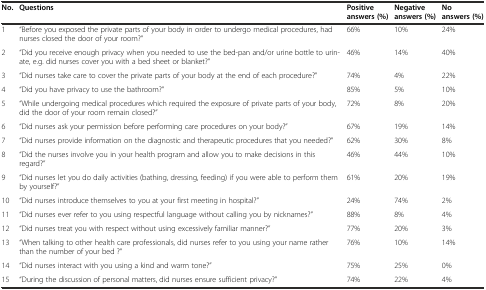
| No. | Questions | Positive answers (%) | Negative answers (%) | No answers (%) |
 | --- | --- | --- | --- | --- |
 | 1 | “Before you exposed the private parts of your body in order to undergo medical procedures, had nurses closed the door of your room?” | 66% | 10% | 24% |
 | 2 | “Did you receive enough privacy when you needed to use the bed-pan and/or urine bottle to urinate, e.g. did nurses cover you with a bed sheet or blanket?” | 46% | 14% | 40% |
 | 3 | “Did nurses take care to cover the private parts of your body at the end of each procedure?” | 74% | 4% | 22% |
 | 4 | “Did you have privacy to use the bathroom?” | 85% | 5% | 10% |
 | 5 | “While undergoing medical procedures which required the exposure of private parts of your body, did the door of your room remain closed?” | 72% | 8% | 20% |
 | 6 | “Did nurses ask your permission before performing care procedures on your body?” | 67% | 19% | 14% |
 | 7 | “Did nurses provide information on the diagnostic and therapeutic procedures that you needed?” | 62% | 30% | 8% |
 | 8 | “Did the nurses involve you in your health program and allow you to make decisions in this regard?” | 46% | 44% | 10% |
 | 9 | “Did nurses let you do daily activities (bathing, dressing, feeding) if you were able to perform them by yourself?” | 61% | 20% | 19% |
 | 10 | “Did nurses introduce themselves to you at your first meeting in hospital?” | 24% | 74% | 2% |
 | 11 | “Did nurses ever refer to you using respectful language without calling you by nicknames?” | 88% | 8% | 4% |
 | 12 | “Did nurses treat you with respect without using excessively familiar manner?” | 77% | 20% | 3% |
 | 13 | “When talking to other health care professionals, did nurses refer to you using your name rather than the number of your bed ?” | 76% | 10% | 14% |
 | 14 | “Did nurses interact with you using a kind and warm tone?” | 75% | 25% | 0% |
 | 15 | “During the discussion of personal matters, did nurses ensure sufficient privacy?” | 74% | 22% | 4% |